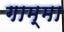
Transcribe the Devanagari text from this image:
गाम्मा